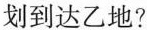
划到达乙地?